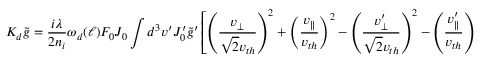
{ \cal K } _ { d } \tilde { g } = \frac { i \lambda } { 2 n _ { i } } \omega _ { d } ( \ell ) F _ { 0 } J _ { 0 } \int d ^ { 3 } v ^ { \prime } J _ { 0 } ^ { \prime } \tilde { g } ^ { \prime } \left[ \left( \frac { v _ { \perp } } { \sqrt { 2 } v _ { t h } } \right) ^ { 2 } + \left( \frac { v _ { \parallel } } { v _ { t h } } \right) ^ { 2 } - \left( \frac { v _ { \perp } ^ { \prime } } { \sqrt { 2 } v _ { t h } } \right) ^ { 2 } - \left( \frac { v _ { \parallel } ^ { \prime } } { v _ { t h } } \right) ^ { 2 } \right] ,